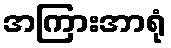
အကြားအာရုံ